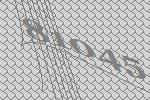
81045